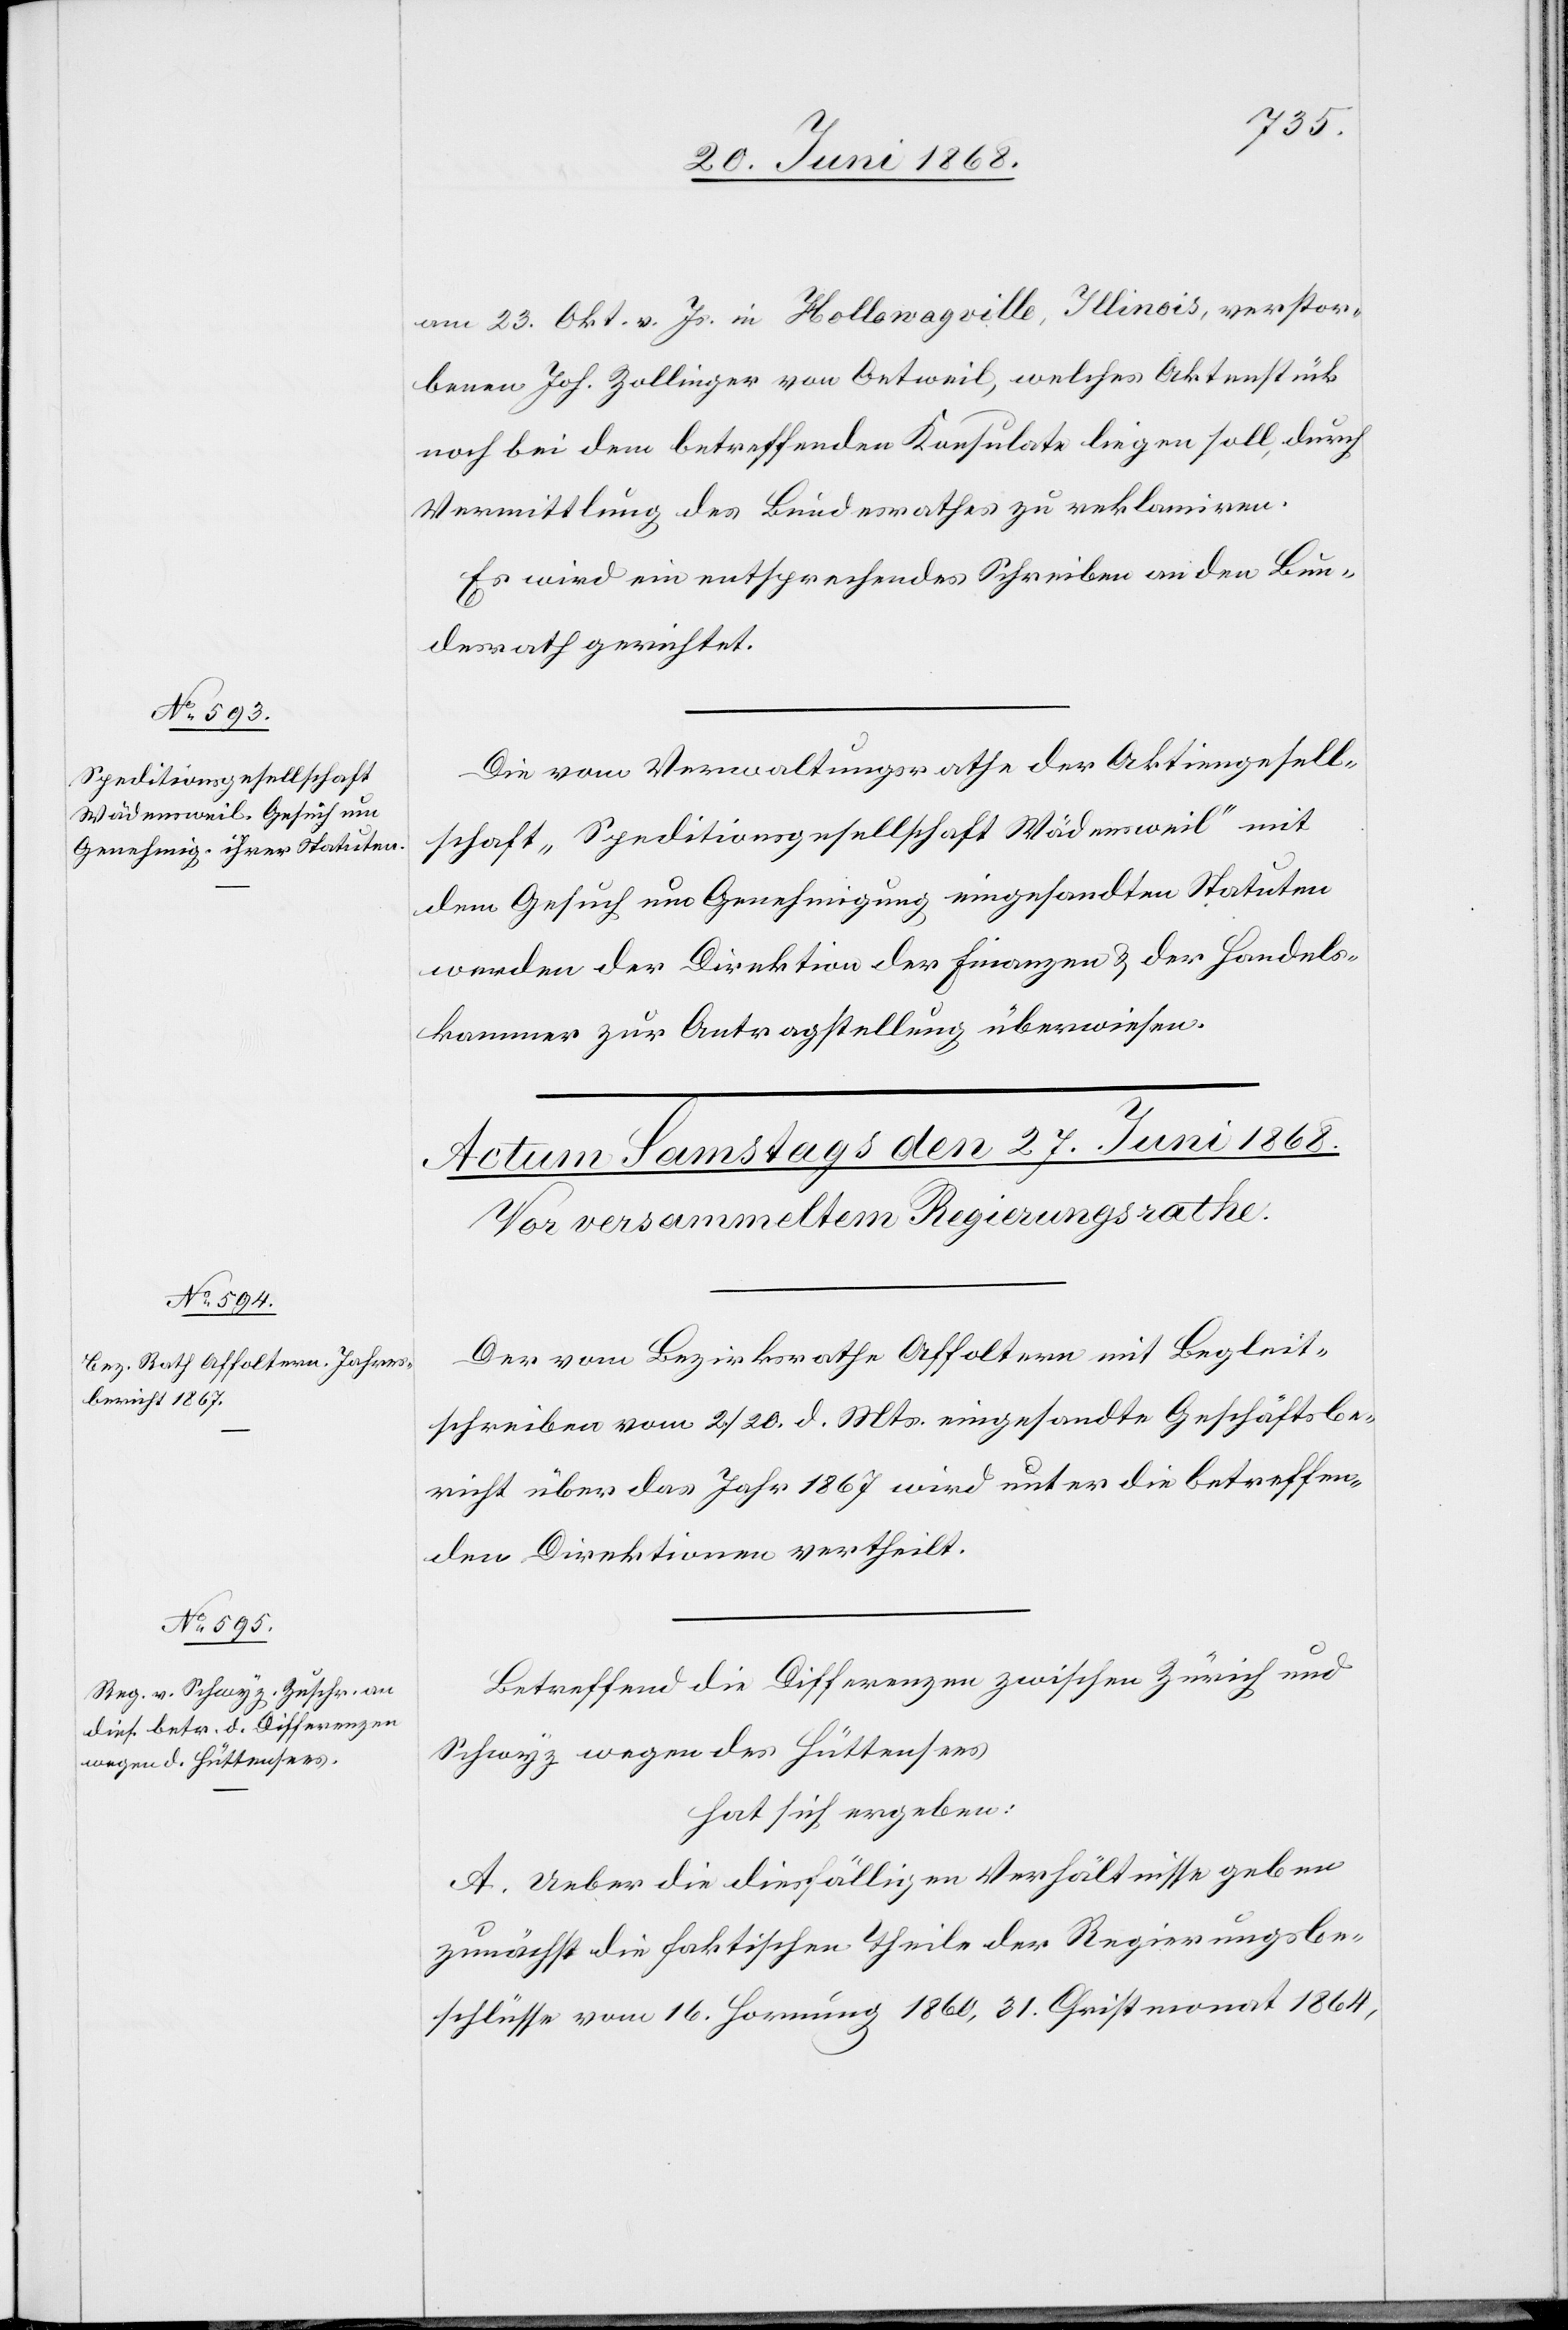
verstor¬

ayville],
26. Juni 1868.]
am 23. Okt. v. Js. in Hollowagville [recte: Hollow¬
benen Joh. Zollinger von Oetweil, welches Aktenstück
noch bei dem betreffenden Konsulate liegen soll, durch
Vermittlung des Bundesrathes zu reklamiren.
Es wird ein entsprechendes Schreiben an den Bun¬
desrath gerichtet.
Die vom Verwaltungsrathe der Aktiengesell¬
schaft „Speditionsgesellschaft Wädensweil“ mit
dem Gesuch um Genehmigung eingesandten Statuten
werden der Direktion der Finanzen & der Handels¬
kammer zur Antragstellung überwiesen.
Der vom Bezirksrathe Affoltern mit Begleit¬
schreiben vom 2. / 20. d. Mts. eingesandte Geschäftsbe¬
richt über das Jahr 1867 wird unter die betreffen¬
den Direktionen vertheilt.
Betreffend die Differenzen zwischen Zürich und
Schwyz wegen des Hüttensees
hat sich ergeben:
A. Ueber die diesfälligen Verhältnisse geben
zunächst die faktischen Theile der Regierungsbe¬
schlüsse vom 16. Hornung 1860, 31. Christmonat 1864,